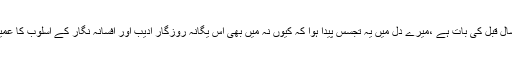
یہ آج سے تیس سال قبل کی بات ہے ،میرے دل میں یہ تجسس پیدا ہوا کہ کیوں نہ میں بھی اس یگانہ روزگار ادیب اور افسانہ نگار کے اسلوب کا عمیق مطالعہ کروں۔